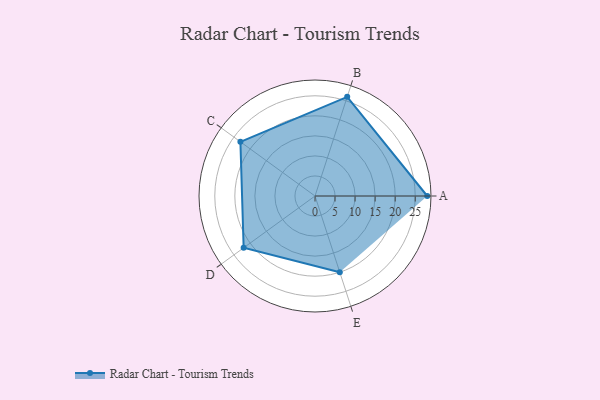
{"axis": {"x": "Skill", "y": "Score"}, "legend": ["Profile"], "data": [{"x": "A", "y": 28.0, "type": "Profile"}, {"x": "B", "y": 26.0, "type": "Profile"}, {"x": "C", "y": 23.0, "type": "Profile"}, {"x": "D", "y": 22.0, "type": "Profile"}, {"x": "E", "y": 20, "type": "Profile"}]}